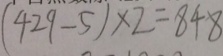
( 4 2 9 - 5 ) \times 2 = 8 4 8